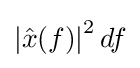
\left|{\hat {x}}(f)\right|^{2}df